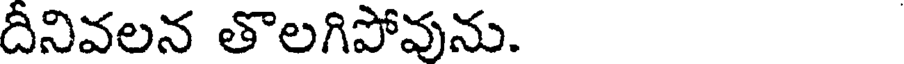
దీనివలన తొలగిపోవును.